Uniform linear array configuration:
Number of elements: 16
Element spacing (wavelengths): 1
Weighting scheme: binomial
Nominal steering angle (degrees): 0
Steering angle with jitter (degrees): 0.5418
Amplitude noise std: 0.05
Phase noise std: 0.05

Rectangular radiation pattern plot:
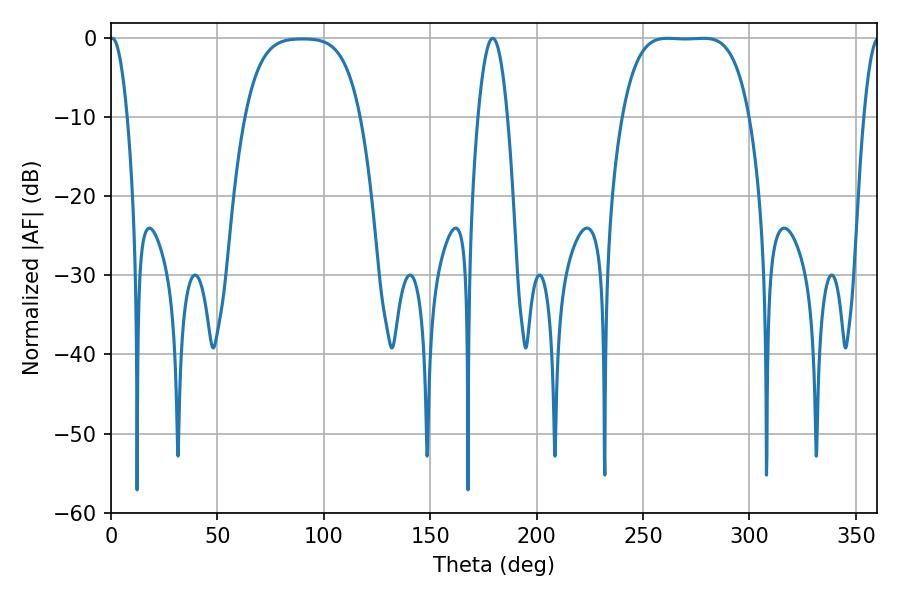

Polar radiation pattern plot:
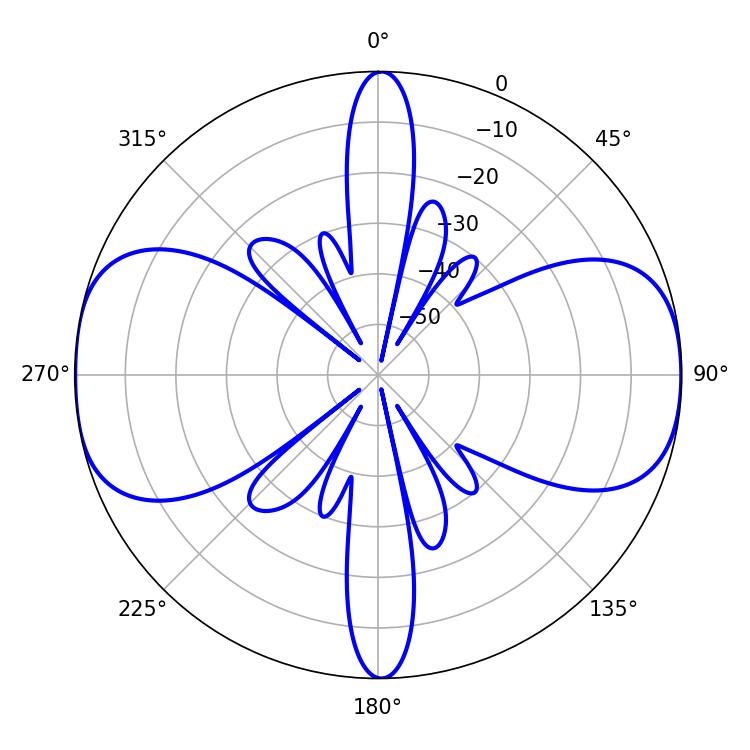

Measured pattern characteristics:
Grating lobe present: TRUE
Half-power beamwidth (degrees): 45.72
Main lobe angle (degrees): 261.54